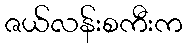
ဇယ်လန်းစကီးက